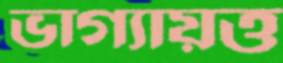
ভাগ্যায়ত্ত